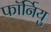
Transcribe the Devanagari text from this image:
फॉर्नियु